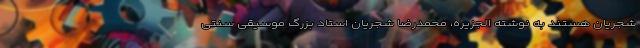
شجریان هستند به نوشته الجزیره، محمدرضا شجریان استاد بزرگ موسیقی سنتی